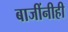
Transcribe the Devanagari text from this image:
बाजींनीही